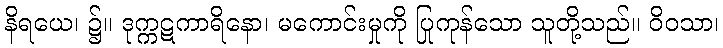
နိရယေ၊ ၌။ ဒုက္ကဋကာရိနော၊ မကောင်းမှုကို ပြုကုန်သော သူတို့သည်။ ဝိဝသာ၊